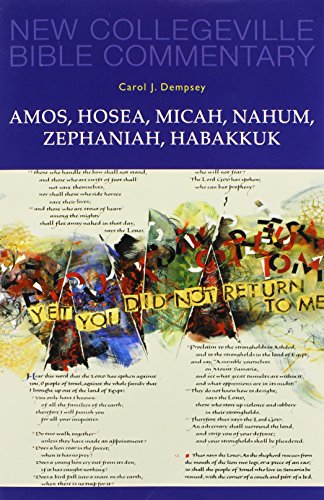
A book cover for Amos, Hosea, Micah, Nahum, Zephaniah, Habakkuk (NEW COLLEGEVILLE BIBLE COMMENTARY: OLD TESTAMENT); Carol J. Dempsey OP; Christian Books & Bibles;